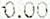
0.00